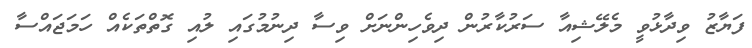
ފަޔާޒު ވިދާޅުވީ މެލޭޝިއާ ސަރުކާރުން ދިވެހިންނަށް ވިސާ ދިނުމުގައި ލުއި ގޮތްތަކެއް ހަމަޖައްސާ